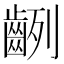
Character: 𪗿